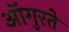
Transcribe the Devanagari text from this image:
ऑगुस्ते